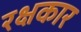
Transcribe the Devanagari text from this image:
रक्षकार